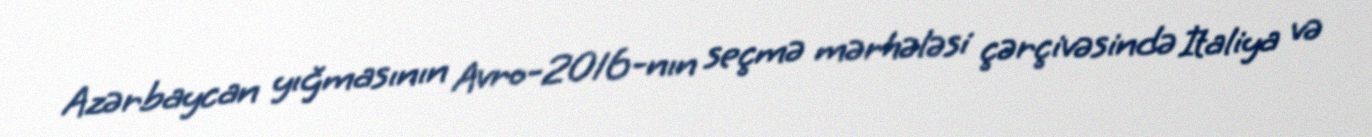
Azərbaycan yığmasının Avro-2016-nın seçmə mərhələsi çərçivəsində İtaliya və